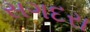
સગદરા